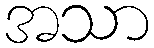
အသာ